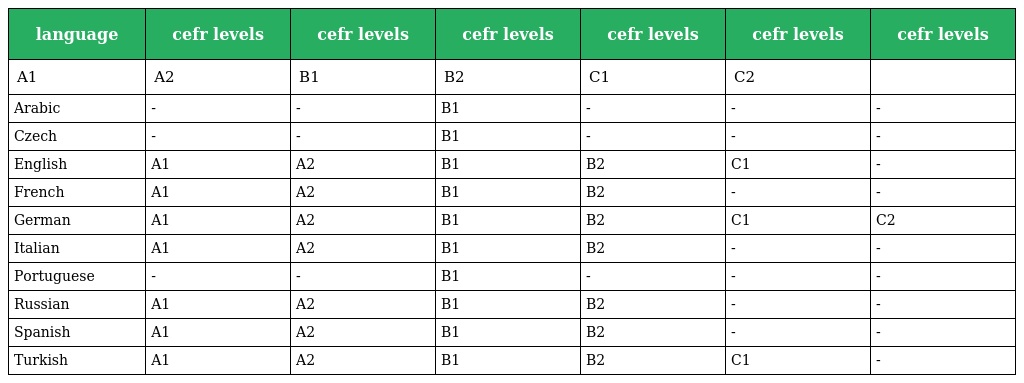
| language | cefr levels | cefr levels | cefr levels | cefr levels | cefr levels | cefr levels |
 | --- | --- | --- | --- | --- | --- | --- |
 | A1 | A2 | B1 | B2 | C1 | C2 |  |
 | Arabic | - | - | B1 | - | - | - |
 | Czech | - | - | B1 | - | - | - |
 | English | A1 | A2 | B1 | B2 | C1 | - |
 | French | A1 | A2 | B1 | B2 | - | - |
 | German | A1 | A2 | B1 | B2 | C1 | C2 |
 | Italian | A1 | A2 | B1 | B2 | - | - |
 | Portuguese | - | - | B1 | - | - | - |
 | Russian | A1 | A2 | B1 | B2 | - | - |
 | Spanish | A1 | A2 | B1 | B2 | - | - |
 | Turkish | A1 | A2 | B1 | B2 | C1 | - |